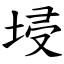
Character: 埐